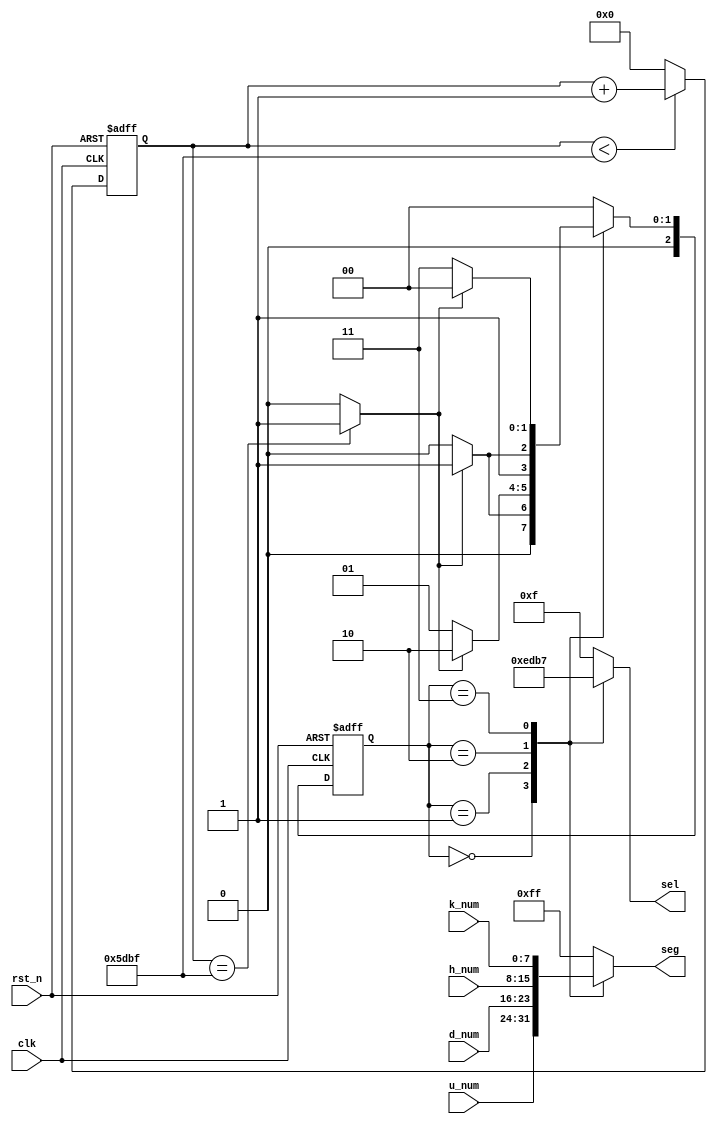
module dist_dre(clk, rst_n, k_num, h_num, d_num, u_num, seg, sel);

	input wire clk;
	input wire rst_n;
	input wire [7:0] k_num;	 
	input wire [7:0] h_num;	
	input wire [7:0] d_num;	
	input wire [7:0] u_num;	
	output reg [7:0] seg;
	output reg [3:0] sel;
	
	parameter Cut_1ms_Max = 24_000; //
	
	localparam S0 = 2'b00;
    localparam S1 = 2'b01;
    localparam S2 = 2'b10;
    localparam S3 = 2'b11;
    
    reg     [2:0]    c_state;
    reg     [2:0]    n_state;
    
    reg     [31:0]   Cut_1ms;
    wire             Cut_1ms_Flag;
    

    always @ (posedge clk, negedge rst_n) begin
        if(rst_n == 0)
            Cut_1ms <= 0;
        else
            if(Cut_1ms < (Cut_1ms_Max - 1))
                Cut_1ms = Cut_1ms + 1;
            else
                Cut_1ms <= 0;
    end

	assign Cut_1ms_Flag = (Cut_1ms == (Cut_1ms_Max - 1)) ? 1 : 0;
    

    always @ (posedge clk, negedge rst_n) begin
        if(rst_n == 0)
            c_state <= S0;
        else
            c_state <= n_state;
    end

  always @ (*) begin
    	case(c_state)
            S0      :       if(Cut_1ms_Flag == 1)
                                n_state = S1;
                            else    
                                n_state = S0;
                                
            S1      :       if(Cut_1ms_Flag == 1)
                                n_state = S2;
                            else
                                n_state = S1;
            
            S2      :       if(Cut_1ms_Flag == 1)
                                n_state = S3;
                            else
                                n_state = S2;
                               
            S3      :       if(Cut_1ms_Flag == 1)
                                n_state = S0;
                            else
                                n_state = S3;
                                
           default  :           n_state = S0;
        endcase
    end
    
    
    always @ (*) begin
            case(c_state)
                S0      :       begin
                                    sel = 4'b1110;
                                    seg = u_num;
                                end
                                
                S1      :       begin
                                    sel = 4'b1101;
                                    seg = d_num;
                                end

                S2      :       begin
                                    sel = 4'b1011;
                                    seg = h_num;
                                end
                
                S3      :       begin
                                    sel = 4'b0111;
                                    seg = k_num;
                                end
                
                default :       begin
                                    sel = 4'b1111;
                                    seg = 255;
                                end
            endcase  
    end
    

endmodule